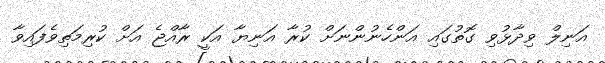
އަނިލްް ވިދާޅުވި ގޮތުގައި އަންހެނުންނަށް ކުރާ އަނިޔާ އަކީ ރާއްޖެ އަށް ކުރިމަތިވެފައިވާ